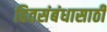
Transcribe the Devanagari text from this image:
हितसंबंधासाठी